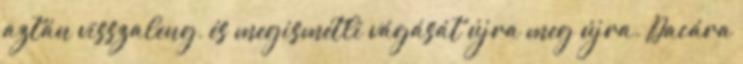
aztán visszaleng, és megismétli vágását újra meg újra. Dacára